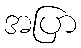
အပြာ